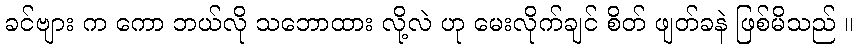
ခင်ဗျား က ကော ဘယ်လို သဘောထား လို့လဲ ဟု မေးလိုက်ချင် စိတ် ဖျတ်ခနဲ ဖြစ်မိသည် ။